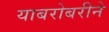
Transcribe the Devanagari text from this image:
याबरोबरीने